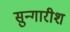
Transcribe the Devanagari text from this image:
सुन्गारीश